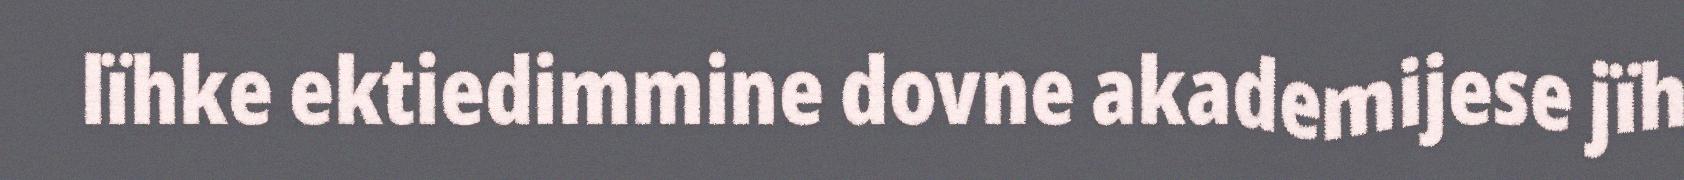
lïhke ektiedimmine dovne akademijese jïh